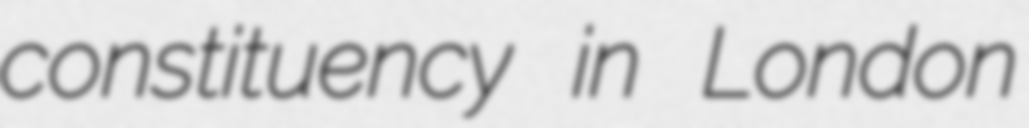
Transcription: constituency in London